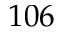
1 0 6